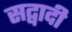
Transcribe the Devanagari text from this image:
सद्वादी